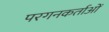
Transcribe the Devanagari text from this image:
परगनकर्ताओं